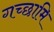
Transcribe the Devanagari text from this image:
गच्छामि